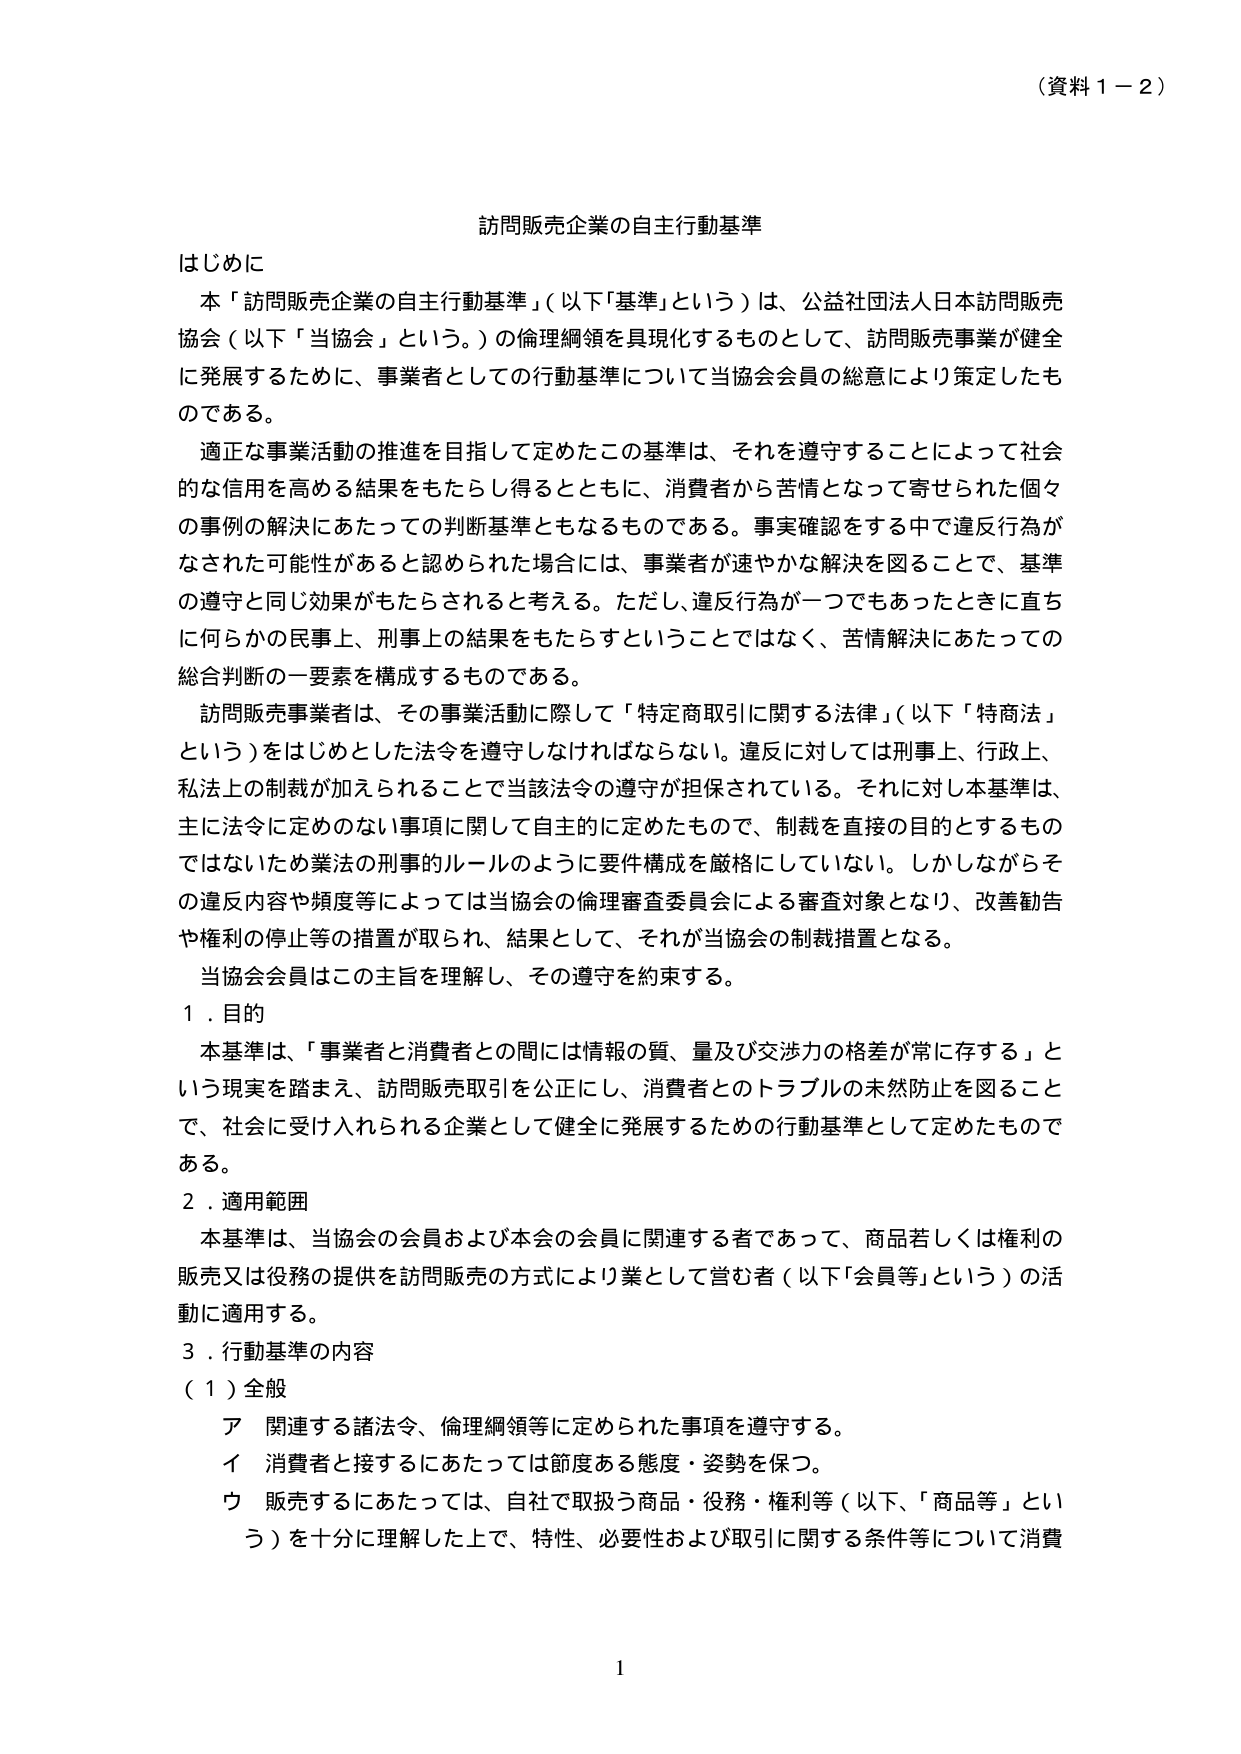
（資料１－２）

訪問販売企業の自主行動基準

はじめに
　本「訪問販売企業の自主行動基準」（以下「基準」という）は、公益社団法人日本訪問販売協会（以下「当協会」という。）の倫理綱領を具現化するものとして、訪問販売事業が健全に発展するために、事業者としての行動基準について当協会会員の総意により策定したものである。
　適正な事業活動の推進を目指して定めたこの基準は、それを遵守することによって社会的な信用を高める結果をもたらし得るとともに、消費者から苦情となって寄せられた個々の事例の解決にあたっての判断基準ともなるものである。事実確認をする中で違反行為がなされた可能性があると認められた場合には、事業者が速やかな解決を図ることで、基準の遵守と同じ効果がもたらされると考える。ただし、違反行為が一つでもあったときに直ちに何らかの民事上、刑事上の結果をもたらすということではなく、苦情解決にあたっての総合判断の一要素を構成するものである。
　訪問販売事業者は、その事業活動に際して「特定商取引に関する法律」（以下「特商法」という）をはじめとした法令を遵守しなければならない。違反に対しては刑事上、行政上、私法上の制裁が加えられることで当該法令の遵守が担保されている。それに対し本基準は、主に法令に定めのない事項に関して自主的に定めたもので、制裁を直接の目的とするものではないため業法の刑事的ルールのように要件構成を厳格にしていない。しかしながらその違反内容や頻度等によっては当協会の倫理審査委員会による審査対象となり、改善勧告や権利の停止等の措置が取られ、結果として、それが当協会の制裁措置となる。
　当協会会員はこの主旨を理解し、その遵守を約束する。

１．目的
　本基準は、「事業者と消費者との間には情報の質、量及び交渉力の格差が常に存在する」という現実を踏まえ、訪問販売取引を公正にし、消費者とのトラブルの未然防止を図ることで、社会に受け入れられる企業として健全に発展するための行動基準として定めたものである。

２．適用範囲
　本基準は、当協会の会員および本会の会員に関連する者であって、商品若しくは権利の販売又は役務の提供を訪問販売の方式により業として営む者（以下「会員等」という）の活動に適用する。

３．行動基準の内容
　（１）全般
　　ア　関連する諸法令、倫理綱領等に定められた事項を遵守する。
　　イ　消費者と接するにあたっては節度ある態度・姿勢を保つ。
　　ウ　販売するにあたっては、自社で取扱う商品・役務・権利等（以下、「商品等」という）を十分に理解した上で、特性、必要性および取引に関する条件等について消費

1